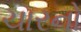
ચારનો